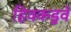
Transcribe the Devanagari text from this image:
हिवकडुवे